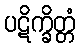
ပဋိက္ခိတ္တံ